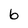
Character: 6